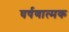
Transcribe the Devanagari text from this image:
घर्षणात्मक